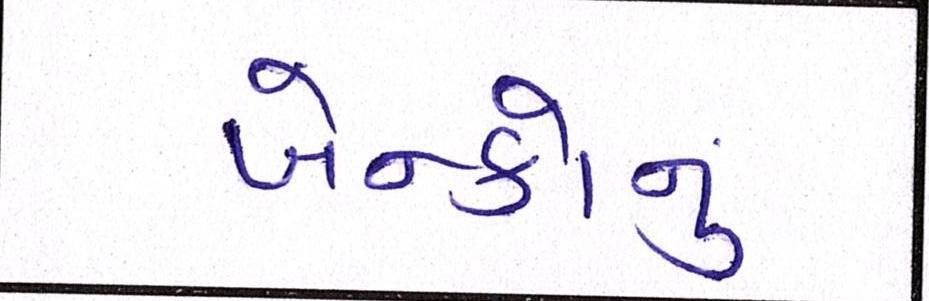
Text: બેન્કોનું